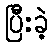
ပြီးခဲ့